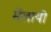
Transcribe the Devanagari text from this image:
मेंलायी